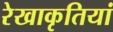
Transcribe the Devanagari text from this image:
रेखाकृतियां